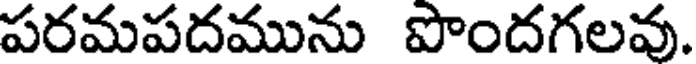
పరమపదమును పొందగలవు.